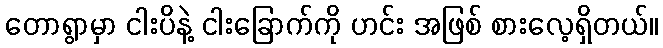
တောရွာမှာ ငါးပိနဲ့ ငါးခြောက်ကို ဟင်း အဖြစ် စားလေ့ရှိတယ်။